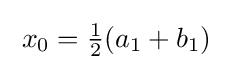
\;x_{0}={\tfrac {1}{2}}(a_{1}+b_{1})\;